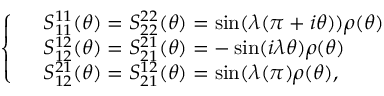
\left\{ \begin{array} { l l } { { } } & { { S _ { 1 1 } ^ { 1 1 } ( \theta ) = S _ { 2 2 } ^ { 2 2 } ( \theta ) = \sin ( \lambda ( \pi + i \theta ) ) \rho ( \theta ) } } \\ { { } } & { { S _ { 1 2 } ^ { 1 2 } ( \theta ) = S _ { 2 1 } ^ { 2 1 } ( \theta ) = - \sin ( i \lambda \theta ) \rho ( \theta ) } } \\ { { } } & { { S _ { 1 2 } ^ { 2 1 } ( \theta ) = S _ { 2 1 } ^ { 1 2 } ( \theta ) = \sin ( \lambda ( \pi ) \rho ( \theta ) , } } \end{array} \right.